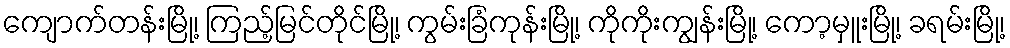
ကျောက်တန်းမြို့၊ ကြည့်မြင်တိုင်မြို့၊ ကွမ်းခြံကုန်းမြို့၊ ကိုကိုးကျွန်းမြို့၊ ကော့မှူးမြို့၊ ခရမ်းမြို့၊